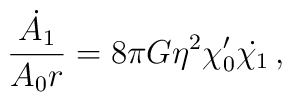
{\dot{A_1} \over A_0r} = 8\pi G\eta^2\chi_0'\dot{\chi_1}\,,